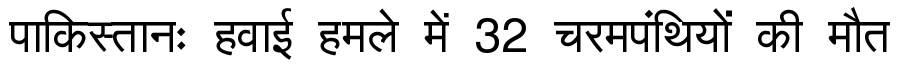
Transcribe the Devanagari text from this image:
पाकिस्तानः हवाई हमले में 32 चरमपंथियों की मौत